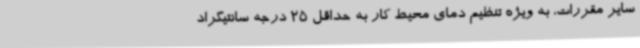
سایر مقررات، به ویژه تنظیم دمای محیط کار به حداقل 25 درجه سانتیگراد